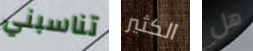
تناسبني الكثير هل